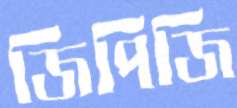
জিপিজি